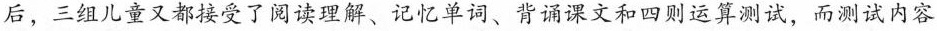
后，三组儿童又都接受了阅读理解、记忆单词、背诵课文和四则运算测试，而测试内容